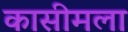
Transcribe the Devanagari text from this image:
कासीमला